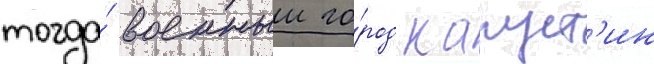
тогда́ военныи го́род капуст'ин